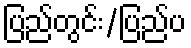
ပြည်တွင်း/ပြည်ပ